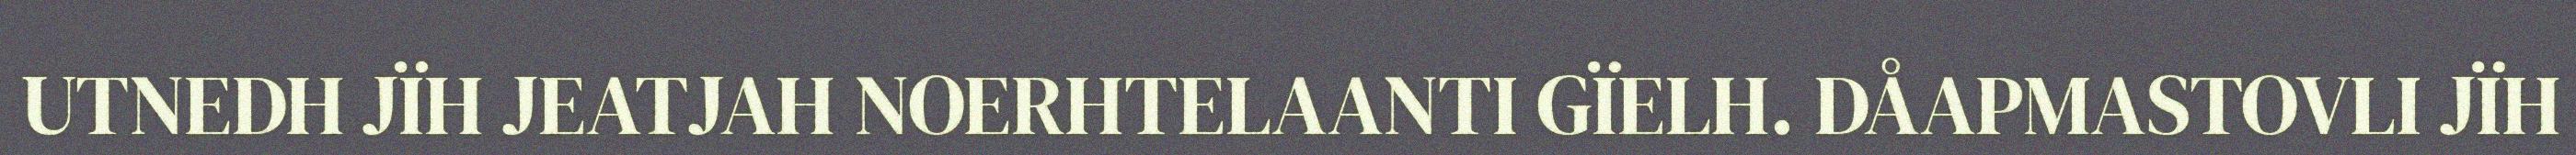
UTNEDH JÏH JEATJAH NOERHTELAANTI GÏELH. DÅAPMASTOVLI JÏH